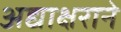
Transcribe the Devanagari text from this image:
अद्याक्षराने